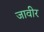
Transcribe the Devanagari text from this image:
जावीर